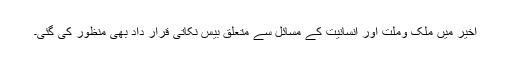
اخیر میں ملک وملت اور انسانیت کے مسائل سے متعلق بیس نکاتی قرار داد بھی منظور کی گئی۔